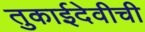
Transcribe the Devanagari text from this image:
तुकाईदेवीची